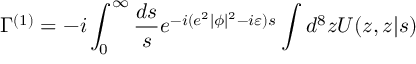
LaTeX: \Gamma ^ { ( 1 ) } = - i \int _ { 0 } ^ { \infty } \frac { d s } { s } e ^ { - i ( e ^ { 2 } | \phi | ^ { 2 } - i \varepsilon ) s } \int d ^ { 8 } z { \cal U } ( z , z | s )